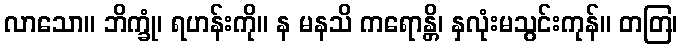
လာသော။ ဘိက္ခုံ၊ ရဟန်းကို။ န မနသိ ကရောန္တိ၊ နှလုံးမသွင်းကုန်။ တတြ၊